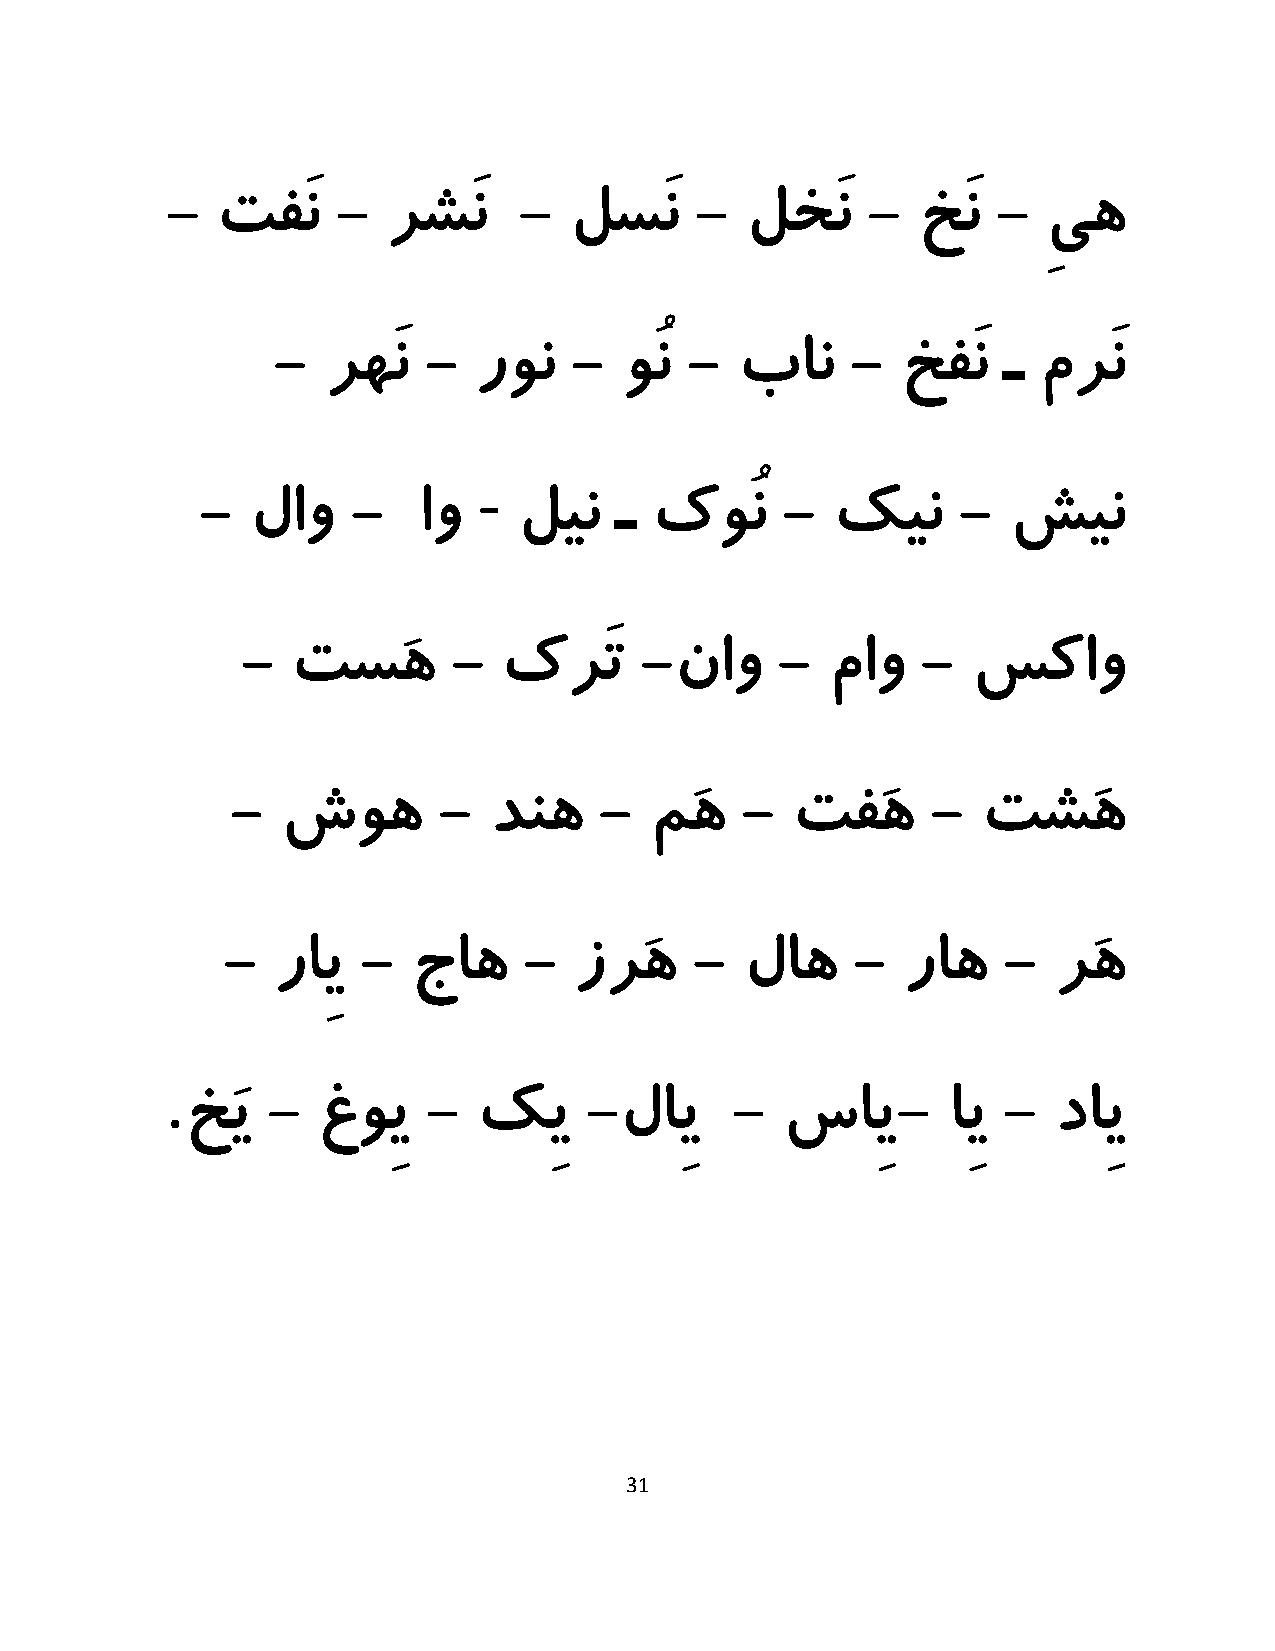
-  تفَن    -   رشَن    -   لسَن    -  لخَن    -   خَن  -  ِیه
 -  رهَن   -   رون   -  وُن -   بان    -   خفَن  ـ  مرَن
 -
 -   لاو   -    او    لین    ـ کوُن     -  کین     -   شین
 -  تسَه       -  کرَت     -ناو     -   ماو   -  سکاو
 -   شوه       -  دنه     -  مَه   -  تفَه      -  تشَه
 -  راِی  -  جاه     -  زرَه    -  لاه    -   راه   -   رَه
 .
 خَی   -  غوِی   -   کِی    -لاِی    -   ساِی-      اِی -  داِی
 31